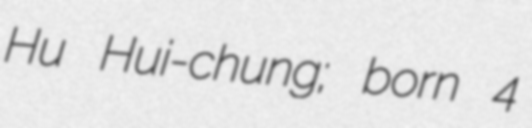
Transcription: Hu Hui-chung; born 4